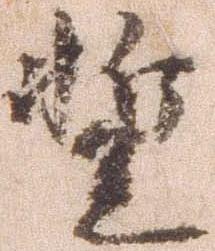
蹔